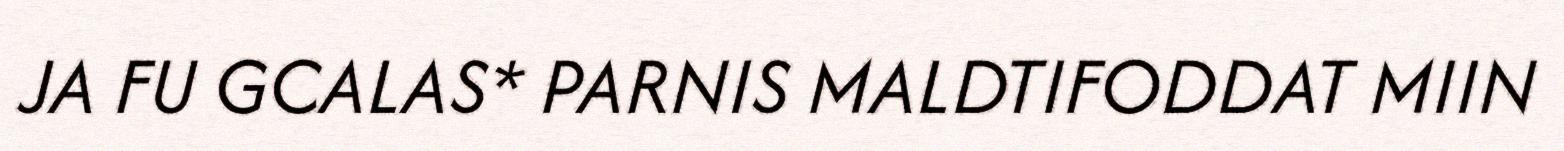
JA FU GCALAS* PARNIS MALDTIFODDAT MIIN